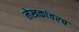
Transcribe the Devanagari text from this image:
लेखकांवरच